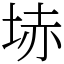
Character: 𡋽